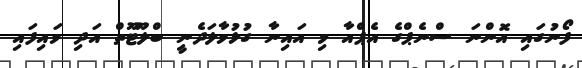
ފޯނުގައި އޮންނަ ސްނެޕްގެ އެޕްއާ މި އައިނާ ގުޅުވާލަދެނީ ބްލޫޓޫތް އަދި ވައިފައި